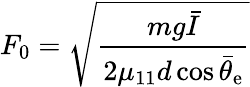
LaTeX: F_{0}=\sqrt{\frac{mg\bar{I}}{2\mu_{11}d\cos\bar{\theta}_{\mathrm{e}}}}